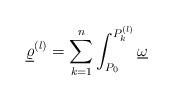
LaTeX: \begin{align*} \underline{\varrho}^{(l)}=\sum_{k=1}^{n}\int_{P_{0}}^{P_{k}^{(l)}}\underline{\omega}\end{align*}